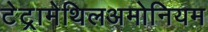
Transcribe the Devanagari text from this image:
टेट्रामेथिलअमोनियम